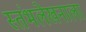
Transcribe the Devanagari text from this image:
स्तंभलेखनाला